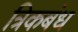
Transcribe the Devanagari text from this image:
त्रिकबंध